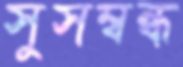
সুসম্বন্ধ